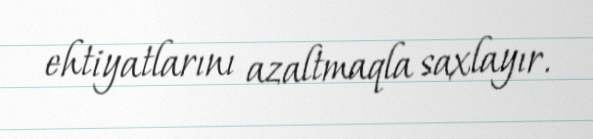
ehtiyatlarını azaltmaqla saxlayır.